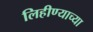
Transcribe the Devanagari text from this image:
लिहीण्याच्या